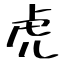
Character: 虎